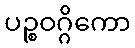
ပဉ္စဝဂ္ဂိကော